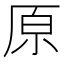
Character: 原